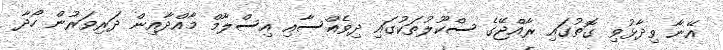
އޭނާ ވިދާޅުވި ގޮތުގައި ރާއްޖޭގެ ސްކޫލުތަކުގައި ދިވެއްސާއި އިސްލާމް މާއްދާއިން ދަރިވަރުން ހޯދާ